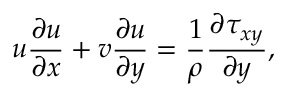
u \frac { \partial u } { \partial x } + v \frac { \partial u } { \partial y } = \frac { 1 } { \rho } \frac { \partial \tau _ { x y } } { \partial y } ,